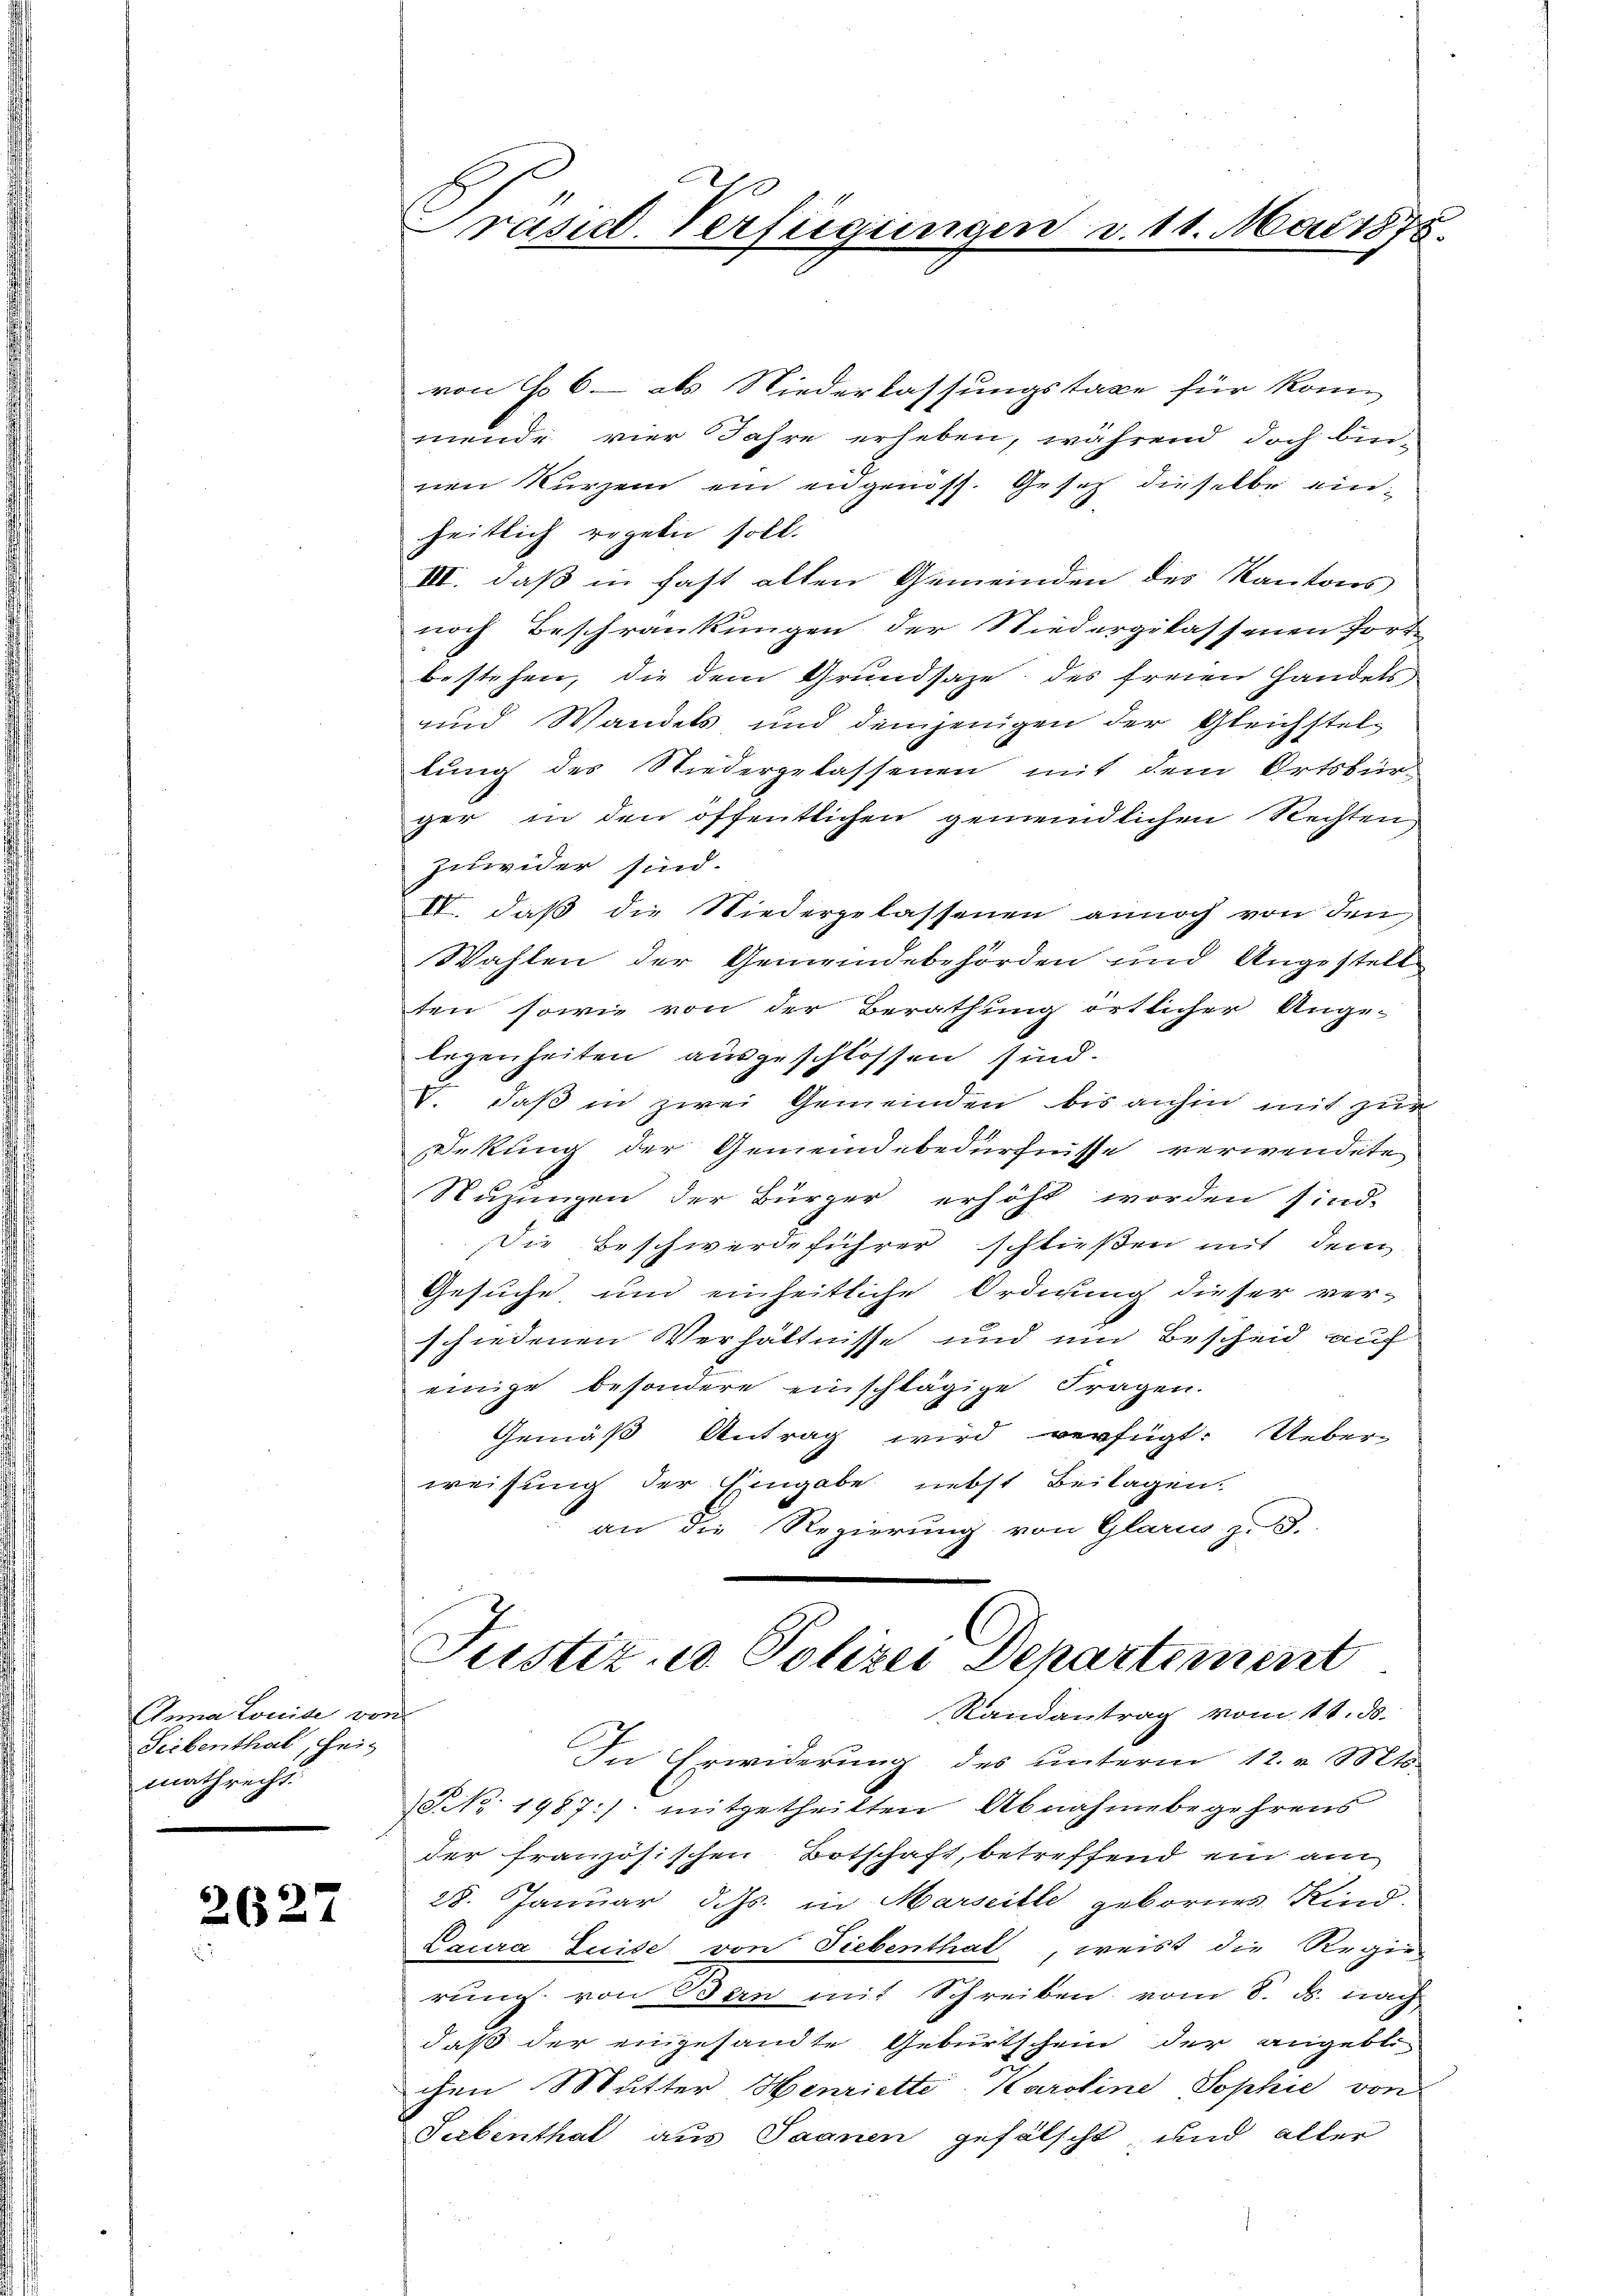
Anna Louide von
Siebenthal, Hein
mathrecht.

2627

Prasil. Verfügungen v. 11. Mai 1875.

von No 6 - als Niederlassungstaxe für konn
minde vier Jahre erheben, während doch bei-
nen Kurzem ein eidgenöss. Gesetz dieselbe einheitlich regeln soll.
III. daß in fast alten Gemeinden des Kantons
noch Beschränkungen der Niedergelassenen fort-
bestehen, die dem Grundsaze des freien Handels
und Wandels und demjenigen der Gleichstellung des Niedergelassenen mit dem Ortsbür-
ger in den öffentlichen gemeindlichen Rechten
zuwider sind.
IV. daß die Niedergelassenen annoch von den
Wahlen der Gemeindebehörden und Angestell
ten, sowie von der Berathung örtlicher Ange-
legenheiten ausgeschlossen sind.
V. daß in zwei Gemeinden bis anhin mit zur
Dekung der Gemeindebedürfnisse verwendete
Suzungen der Bürger erhöht worden sind.
Die Beschwerdeführer schließen mit dem
Gesuche und einheitliche Ordnung dieser ver-
schiedenen Verhältnisse und um Bescheid auf
einige besondere einschlägige Fragen.
Gemäß Antrag wird verfügt: Ueber-
weisung der Eingabe nebst Beilagen.
an die Regierung von Glarus z. S.
Justiz u. Polizei Departement
Randantrag vom 11. ds.
In Erwiderung des unterm 12. v. Mts.
 No. 1987:/ mitgetheilten Abnahmebegehrens
der französischen Botschaft, betreffend ein am
28. Januar d. Js. in Marseille gebornes Kind.
Laura Luise von Liebenthal, weist die Regie
rung von Bern mit Schreiben vom 8. ds. nach
daß der eingesandte Geburtschein der angeblichen Mutter Henriette Karoline Sophie von
Siebenthat aus Saanen gefälscht, und aller